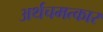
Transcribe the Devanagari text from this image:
अर्थचमत्कार